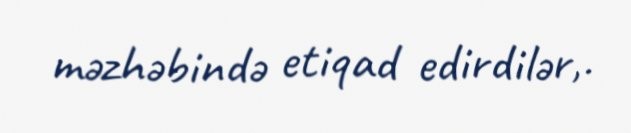
məzhəbində etiqad edirdilər,.